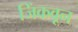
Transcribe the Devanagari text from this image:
जिंकवून